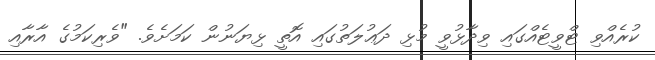
ކުރެއްވި ޓްވީޓެއްގައި ވިދާޅުވީ މުޅި ދަޢުލަތުގައި އޮތީ ޅިޔަނުން ކަމަށެވެ. "ވެރިކަމުގެ އާރާއި